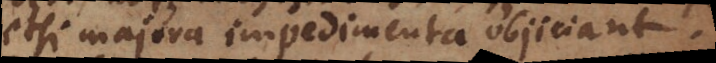
etsi majora impedimenta objiciant.